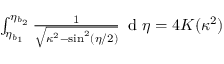
\begin{array} { r } { \int _ { \eta _ { b _ { 1 } } } ^ { \eta _ { b _ { 2 } } } \frac { 1 } { \sqrt { \kappa ^ { 2 } - \sin ^ { 2 } ( \eta / 2 ) } } \, \mathrm { ~ d ~ } \eta = 4 K ( \kappa ^ { 2 } ) } \end{array}